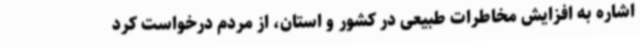
اشاره به افزایش مخاطرات طبیعی در کشور و استان، از مردم درخواست کرد